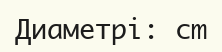
Диаметрі: cm